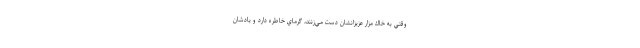
وقتي به خاك مزار عزيزانشان دست مي‌زنند، گرماي خاطره دارد و يادشان